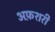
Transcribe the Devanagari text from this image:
अफ़शरी